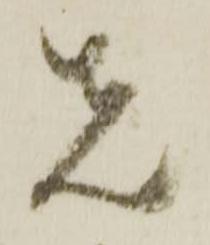
先